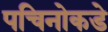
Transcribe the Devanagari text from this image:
पचिनोकडे